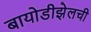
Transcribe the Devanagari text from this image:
बायोडीझेलची